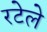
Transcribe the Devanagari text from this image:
रटेले